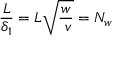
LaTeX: { \frac { L } { \delta _ { 1 } } } = { L { \sqrt { \frac { w } { \ v } } } } = N _ { w }